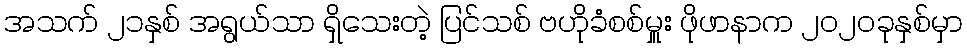
အသက် ၂၁နှစ် အရွယ်သာ ရှိသေးတဲ့ ပြင်သစ် ဗဟိုခံစစ်မှူး ဖိုဖာနာက ၂၀၂၀ခုနှစ်မှာ